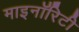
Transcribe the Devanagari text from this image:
माइनॉरिटी